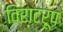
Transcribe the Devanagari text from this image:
विराटरूप